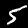
Digit: 5